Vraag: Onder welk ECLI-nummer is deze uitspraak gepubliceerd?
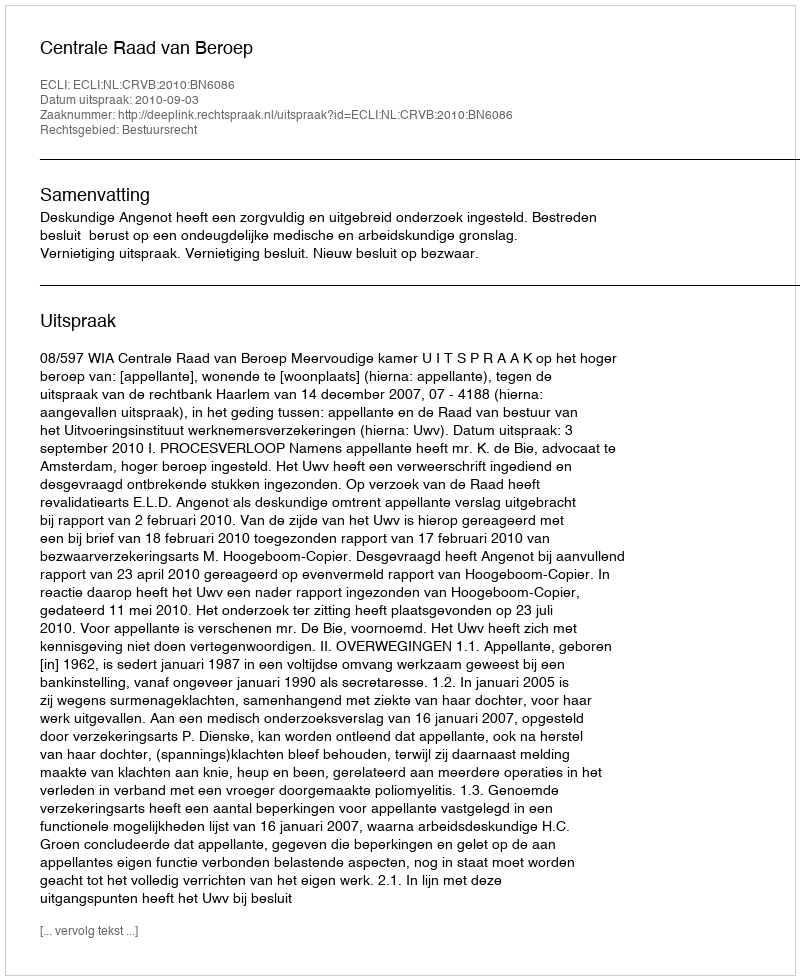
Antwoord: ECLI:NL:CRVB:2010:BN6086